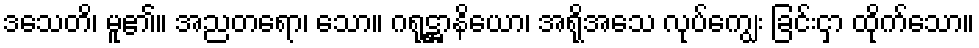
ဒသေတိ၊ မူ၏။ အညတရော၊ သော။ ဂရုဋ္ဌာနိယော၊ အရိုအသေ လုပ်ကျွေး ခြင်းငှာ ထိုက်သော။